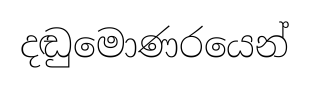
දඬුමොණරයෙන්